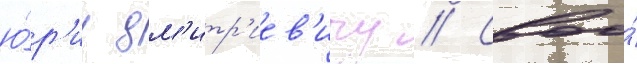
ю́р'иу дм'итр'иев'ичу // Своо́